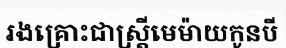
រងគ្រោះជាស្ត្រីមេម៉ាយកូនបី